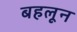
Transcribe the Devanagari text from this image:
बहलून